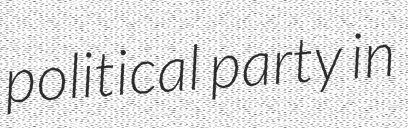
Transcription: political party in